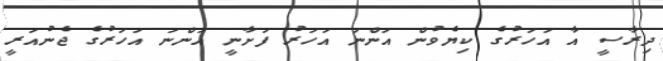
ދިރާސީ އާ އަހަރުގެ ކިޔެވުން އަންނަ އަހަރު ފަށާނީ އަންނަ އަހަރުގެ ޖެނުއަރީ